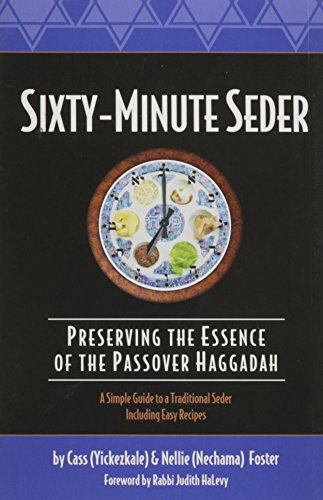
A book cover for Sixty-Minute Seder: Preserving the Essence of the Passover Haggadah (Sixty-Minute Collection); Nellie Foster; Cookbooks, Food & Wine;